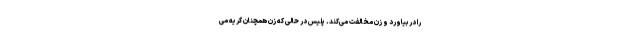
را دربیاورد و زن مخالفت می‌کند. پلیس در حالی که زن همچنان گریه می